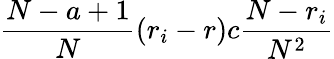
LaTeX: \frac{N-a+1}{N}(r_{i}-r)c\frac{N-r_{i}}{N^{2}}